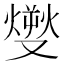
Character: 𤎬